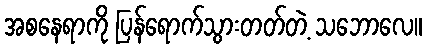
အစနေရာကို ပြန်ရောက်သွားတတ်တဲ့ သဘောလေ။